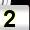
Digit: 2